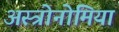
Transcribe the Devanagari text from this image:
अस्त्रोनोमिया